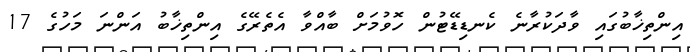
އިންތިޚާބުގައި ވާދަކުރާނެ ކެނޑިޑޭޓުން ހޮވުމަށް ބާއްވާ އެތެރޭގެ އިންތިޚާބު އަންނަ މަހުގެ 17